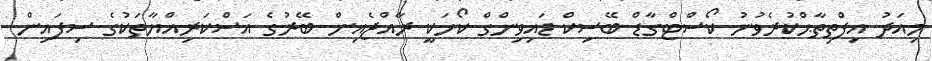
މިއަދު އިފްތިތާޙްކުރެވުނު ކޯސްޓްގާޑް ބޭސިކް ޑައިވިންގް ކޯހަކީ ރާއްޖެއިން ބޭރުގެ އަސްކަރިއްޔާތަކުގެ ސިފައިން